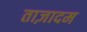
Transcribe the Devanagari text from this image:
ताज़ादम